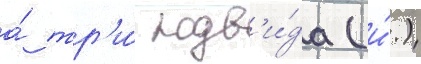
а́ тр'и́ подв'и́да (и́.)